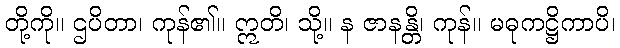
တို့ကို။ ဌပိတာ၊ ကုန်၏။ ဣတိ၊ သို့။ န ဇာနန္တိ၊ ကုန်။ မဓုကဋ္ဌိကာပိ၊